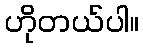
ဟိုတယ်ပါ။